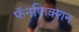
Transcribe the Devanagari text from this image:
फॅनफिक्शन